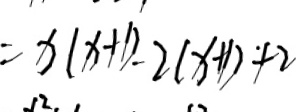
= x ( x + 1 ) - 2 ( x + 1 ) + 2